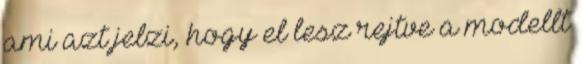
ami azt jelzi, hogy el lesz rejtve a modellt